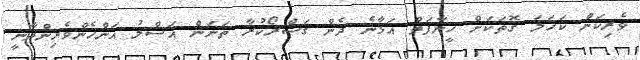
ވެރިކަން ކަހަލަ ގޮތަކަށް ހީނާފަތް އަޅާނެ ދެން ގަސްރޯކުރާ ތަނަން އަސްލު އަންހެންވެރިންދާނީ